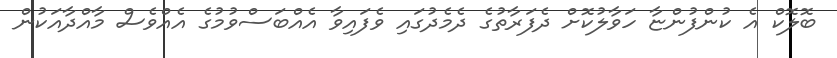
ބޮލޮކް އެ ކުންފުންޏާ ހަވާލުކޮށް ދެފަރާތުގެ ދެމެދުގައި ވެފައިވާ އެއްބަސްވުމުގެ އެއްވެސް މާއްދާއަކުން